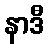
နာဒီ